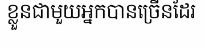
ខ្លួនជាមួយអ្នកបានច្រើនដែរ